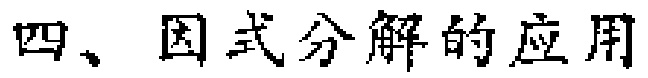
四、因式分解的应用